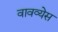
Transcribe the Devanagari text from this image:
वावव्येस